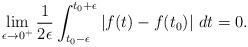
LaTeX: \begin{align*}\lim_{\epsilon \rightarrow 0^+} \frac{1}{2\epsilon} \int_{t_0 - \epsilon}^{t_0 + \epsilon} |f(t)-f(t_0)|\ dt = 0.\end{align*}